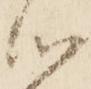
心